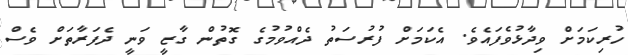
ހުރިކަމަށް ވިދާޅުވެފައެވެ. އެކަމަށް ފުރުސަތު ދެއްވުމުގެ ގޮތުން ގާޒީ ވަނީ ދެފަރާތަށް ވެސް